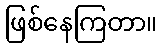
ဖြစ်နေကြတာ။